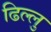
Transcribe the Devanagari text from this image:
ढिल्लु